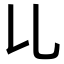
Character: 𠃏